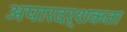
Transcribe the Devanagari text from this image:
अपारदर्शकता